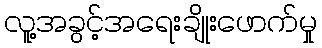
လူ့အခွင့်အရေးချိုးဖောက်မှု